Vaccination United Provinces of Agra and Oudh 1923-1928 - 1923-1928
Year: 1923
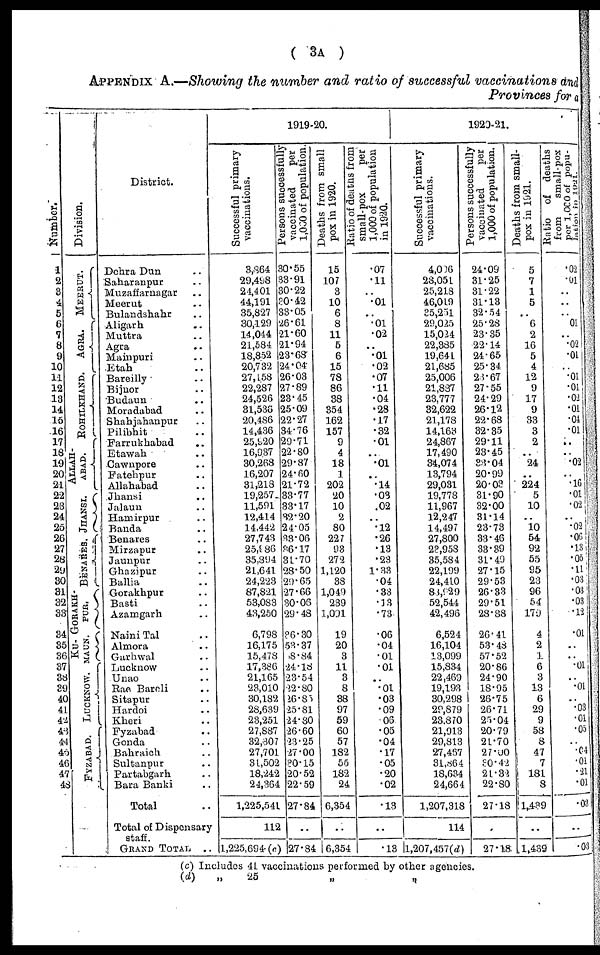
( 3A )
APPENDIX A.—Showing the number and ratio of successful vaccinations and
Provinces for a
Number.
1
2
3
4
5
6
7
8
9
10
11
12
13
14
15
16
17
18
19
20
21
22
23
24
25
26
27
28
29
30
31
32
33
34
35
36
37
38
39
40
41
42
43
44
45
46
47
48
Division.
MEERUT.
AGRA.
ROHILKHAND.
ALLAH-
----.
JHANSI.
BENARES.
GORAKH-
PUR.
KU-
MAUN.
LUCKNOW.
FYZABAD.
District.
Dehra Dun ..
Saharaupur ..
Muzaffarnagar ..
Meerut ..
Bulandshahr ..
Aligarh ..
Muttra ..
Agra ..
Mainpuri ..
Etah ..
Bareilly ..
Bijnor ..
Budaun ..
Moradabad ..
Shahjahanpur ..
Pilibhit ..
Farrukhabad ..
Etawah ..
Cawnpore ..
Fatehpur ..
Allahabad ..
Jhansi ..
Jalaun ..
Hamirpur ..
Banda ..
Benares ..
Mirzapur ..
Jaunpur ..
Ghazipur ..
Ballia ..
Gorakhpur ..
Basti ..
Azamgarh ..
Naini Tal ..
Almora ..
Garhwal ..
Lucknow ..
Unao ..
Rae Bareli ..
Sitapur ..
Hardoi ..
Kheri ..
Fyzabad ..
Gonda ..
Bahraich ..
Sultanpur ..
Partabgarh ..
Bara Banki ..
Total ..
Total of Dispensary
staff.
GRAND TOTAL
..
1919-20.
Successful primary
vaccinations.
3,364
29,498
24,401
44,191
35,827
30,129
14,044
21,584
18,852
20,732
27,158
22,287
24,526
31,536
20,486
14,436
25,920
16,937
30,268
16,207
31,218
19,257
11,591
12,414
14,442
27,743
25,986
35,394
21,641
24,223
87,821
53,083
43,250
6,798
16,175
15,478
17,386
21,165
23,010
30,182
28,639
23,251
27,887
32,307
27,701
31,502
18,242
24,364
1,225,541
112
1,225,694 (c)
Persons successfully
vaccinated
per
1,000 of population.
30.55
33.91
30.22
20.42
83.05
26.61
21.60
21.94
23.68
24.04
26.03
27.89
23.45
25.09
22.27
34.76
29.71
22.80
29.87
24.60
21.72
33.77
33.17
32.20
24.05
33.06
86.17
31.70
28.50
29.65
27.66
30.06
29.48
86.30
53.37
8.84
24.18
23.54
32.80
26.85
25.81
24.80
26.60
23.25
27.00
30.15
20.52
22.59
27.84
..
27.84
Deaths from small
pox in 1920.
15
107
3
10
6
8
11
5
6
15
78
86
38
354
162
157
9
4
18
1
202
20
10
2
80
227
93
272
1,120
38
1,049
239
1,091
19
20
3
11
3
8
38
97
59
60
57
182
55
182
24
6,354
..
6,354
Ratio
of deaths from
small-pox
per
1,000 of population
in 1920.
.07
.11
..
.01
..
.01
.02
..
.01
.02
.07
.11
.04
.28
.17
.32
.01
..
.01
..
.14
.03
.02
..
.12
.26
.13
.23
1.33
.04
.33
.13
.73
.06
.04
.01
.01
..
.01
.03
.09
.06
.05
.04
.17
.05
.20
.02
.13
..
.13
1920-21.
Successful primary
vaccinations.
4,006
23,051
25,218
46,019
35,251
29,025
15,024
22,385
19,641
21,685
25,006
21,837
23,777
32,622
21,178
14,163
24,867
17,490
34,074
13,794
29,031
19,778
11,967
12,247
14,497
27,800
23,958
35,584
22,199
24,410
88,929
52,544
42,496
6,524
16,104
13,099
15,834
22,469
19,193
30,298
29,879
23,870
21,913
29,313
27,457
31,864
18,634
24,664
1,207,318
114
1,207,457(d)
Persons successfully
vaccinated
per
1,000 of population.
24.09
31.25
31.22
31.13
32.54
25.28
23.35
22.14
24.65
25.34
28.67
27.55
24.29
26.12
22.68
32.35
29.11
23.45
33.04
20.99
20.03
31.90
32.00
31.14
23.73
33.46
33.39
31.49
27.15
29.53
26.33
29.51
28.88
26.41
53.48
57.52
20.86
24.90
18.95
26.75
26.71
25.04
20.79
21.70
27.00
30.42
21.32
22.80
27.18
..
27.18
Deaths from small-
pox in 1921.
5
7
1
5
..
6
2
16
5
4
12
9
17
9
33
3
2
..
24
..
224
5
10
..
10
54
92
55
95
23
96
54
179
4
2
1
6
3
13
6
29
9
58
8
47
7
181
8
1,439
..
1,439
Ratio
or deaths
from
small-pox
per 1,000 of popu-
lation
in 1991.
.02
.01
..
..
..
01
.. .02
.01
..
.01
.01
.02
.01
.04
.01
..
..
.02
..
.16
.01
.02
..
.02
.06
.13
.06
.11
.03
.03
.03
.12
.01
..
..
.01
..
.01
..
.03
.01
.05
..
.04
.01
.21
.01
.03
..
.03
(c) Includes 41 vaccinations performed by other agencies.
(d)
„
25
„
„